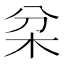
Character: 𣏰